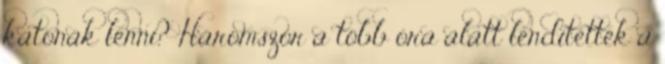
katonák lenni? Háromszor a több óra alatt lendítették a